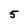
Character: 5